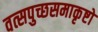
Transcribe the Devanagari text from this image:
वत्सपुच्छसमाकृष्टो